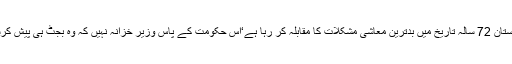
آج پاکستان 72 سالہ تاریخ میں بدترین معاشی مشکلات کا مقابلہ کر رہا ہے‘اس حکومت کے پاس وزیر خزانہ نہیں کہ وہ بجٹ ہی پیش کرسکے۔